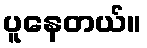
ပူနေတယ်။